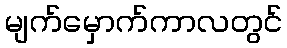
မျက်မှောက်ကာလတွင်